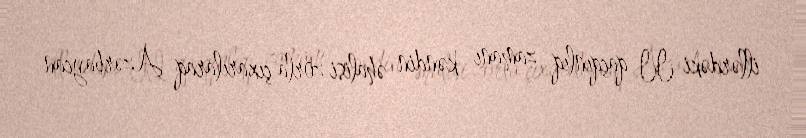
illərdəki II qaçqınlıq zamanı kəndin əhalisi zorla çıxarılaraq Azərbaycan